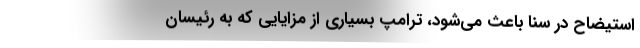
استیضاح در سنا باعث می‌شود، ترامپ بسیاری از مزایایی که به رئیسان